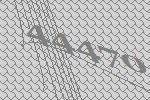
44470